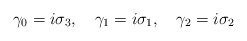
\begin{align*}\gamma_{0} = i\sigma_{3},\quad \gamma_{1} = i\sigma_{1},\quad\gamma_{2} = i\sigma_{2}\end{align*}